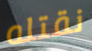
نقتله